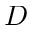
{ D }